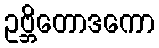
ဥဗ္ဘိတောဒကော